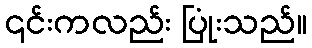
၎င်းကလည်း ပြုံးသည်။